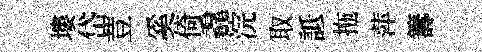
塿岱荳奚倚毳浣取詆拖萍籌